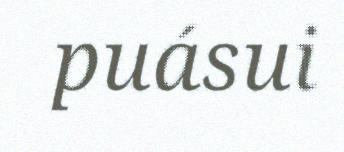
puásui